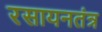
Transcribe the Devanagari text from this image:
रसायनतंत्र